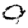
Digit: 9